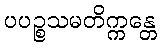
ပပဉ္စသမတိက္ကန္တေ